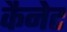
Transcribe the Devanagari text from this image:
कैनेट